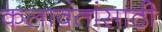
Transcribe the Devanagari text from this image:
कलावंतांसाठी